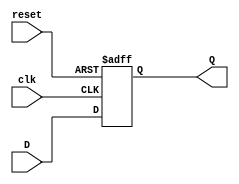
//Diego A. Mndez
//Ejercicio 3

//FlipFlop del ejercicio 1
module ffD(input clk, reset, input D, output reg Q);

    always @(posedge clk, posedge reset) begin
      //Hacemos que el reset haga Q = 0
      if (reset) begin
        Q <= 0;
        end
      //Hacemos que Q se vuelva D
      else
        Q <= D;
      end
endmodule
//Modulo basado en el ejercicio 1
module FSM(input wire A, clk, reset, output wire[2:0] Y);
  wire Sf2, Sf1, Sf0;
  wire S2, S1, S0, nS0, nS1, nS2;




//negacion de las compuertas
  not(nS2, S2);
  not(nS1, S1);
  not(nS0, S0);
  not(nA, A);
//assignasion de las ecuaciones de estado proximo
  assign Sf2 = S2 & S0 + A & S1 & nS0 + nA & nS1 & nS0;
  assign Sf1 = S1 & nS0 + nA & S2 & S0 + A & nS2 & S0;
  assign Sf0 = A & S2 & S1 + nA & nS2 & S1 + nA & S2 & nS1 + A & nS2 & nS1;

//conexion de los flip flops
  ffD U3(clk, reset, Sf2, S2);
  ffD U1(clk, reset, Sf1, S1);
  ffD U2(clk, reset, Sf0, S0);


   assign Y[0]=S1;
   assign Y[1]=S1;
   assign Y[2]=S2;
  endmodule